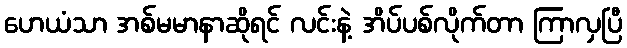
ဟေယံသာ အစ်မမာနာဆိုရင် လင်းနဲ့ အိပ်ပစ်လိုက်တာ ကြာလှပြီ